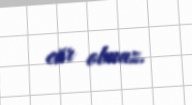
cür olmaz.